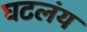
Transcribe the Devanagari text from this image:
घटलंय